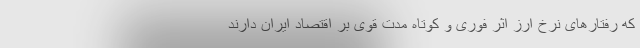
که رفتارهای نرخ ارز اثر فوری و کوتاه مدت قوی بر اقتصاد ایران دارند